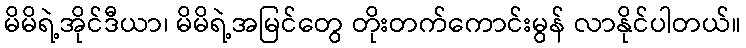
မိမိရဲ့အိုင်ဒီယာ၊ မိမိရဲ့အမြင်တွေ တိုးတက်ကောင်းမွန် လာနိုင်ပါတယ်။